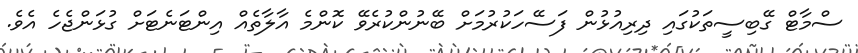
ސްމާޓް ގޭބިސީތަކުގައި ދިރިއުޅުން ފަސޭހަކުރުމަށް ބޭނުންކުރެވޭ ކޮންމެ އާލާތެއް އިންޓަނެޓަށް ގުޅަންޖެހެ އެވެ.